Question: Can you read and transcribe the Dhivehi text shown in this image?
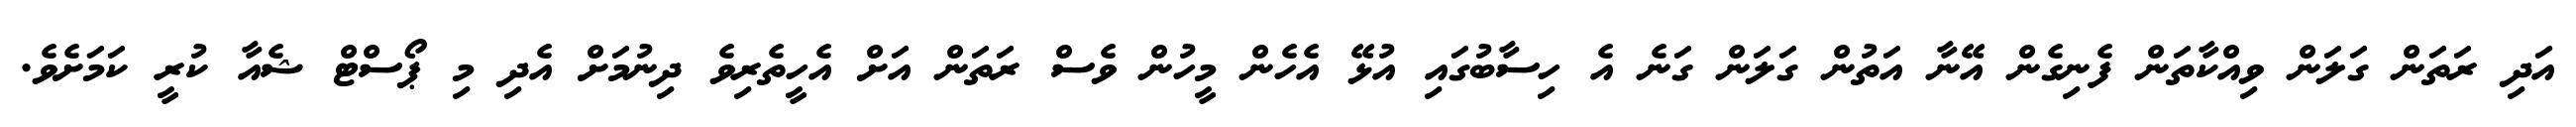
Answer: އަދި ރަތަން ގަލަން ވިއްކާތަން ފެނިގެން އޭނާ އަތުން ގަލަން ގަނެ އެ ހިސާބުގައި އުޅޭ އެހެން މީހުން ވެސް ރަތަން އަށް އެހީތެރިވެ ދިނުމަށް އެދި މި ޕޯސްޓް ޝެއާ ކުރީ ކަމަށެވެ.